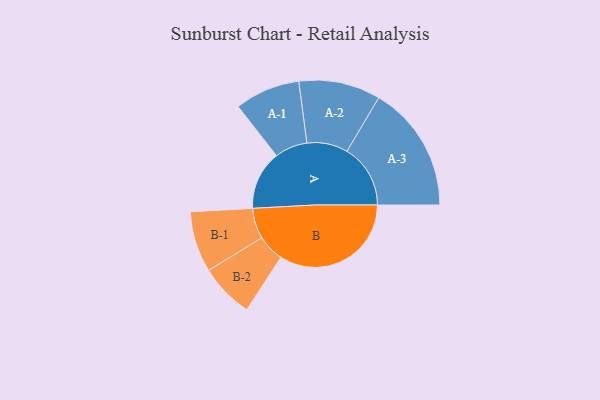
{"axis": {"x": "Segment", "y": "Value"}, "legend": ["", "A", "B"], "data": [{"x": "A", "y": 222, "type": ""}, {"x": "B", "y": 496, "type": ""}, {"x": "A-1", "y": 123, "type": "A"}, {"x": "A-2", "y": 154, "type": "A"}, {"x": "A-3", "y": 239, "type": "A"}, {"x": "B-1", "y": 115, "type": "B"}, {"x": "B-2", "y": 102, "type": "B"}]}